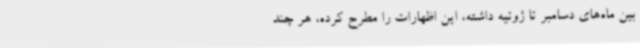
بین ماه‌های دسامبر تا ژوئیه داشته، این اظهارات را مطرح کرده، هر چند